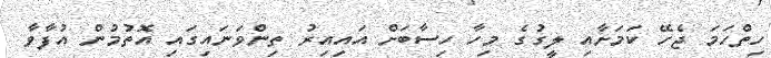
ހިތްހަމަ ޖެހޭ ކަމަށާއި ލީގުގެ މިހާ ހިސާބަށް އައިއިރު ތިންވަނައިގައި އޮތުމުން އުފާވާ